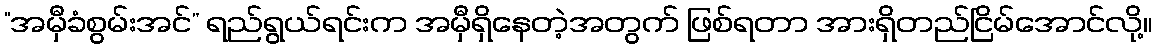
“အမှီခံစွမ်းအင်” ရည်ရွယ်ရင်းက အမှီရှိနေတဲ့အတွက် ဖြစ်ရတာ အားရှိတည်ငြိမ်အောင်လို့။